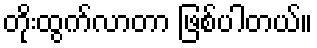
တိုးထွက်လာတာ ဖြစ်ပါတယ်။